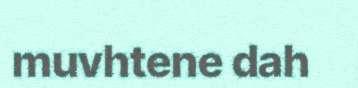
muvhtene dah